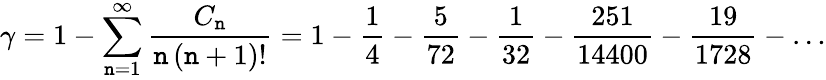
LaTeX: \gamma=1-\sum_{\mathtt{n}=1}^{\infty}{\frac{{C_{\mathtt{n}}}}{{\mathtt{n}\, (\mathtt{n}+1)!}}}=1-{\frac{{1}}{{4}}}-{\frac{{5}}{{72}}}-{\frac{{1}}{{32}}}-{\frac{{251}}{{14400}}}-{\frac{{19}}{{1728}}}-\ldots